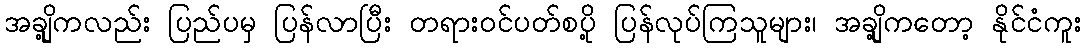
အချို့ကလည်း ပြည်ပမှ ပြန်လာပြီး တရားဝင်ပတ်စပို့ ပြန်လုပ်ကြသူများ၊ အချို့ကတော့ နိုင်ငံကူး